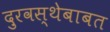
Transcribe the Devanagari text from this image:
दुरवस्थेबाबत